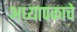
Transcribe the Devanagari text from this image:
अध्यापकाचे